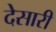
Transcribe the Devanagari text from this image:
देसारी